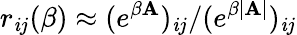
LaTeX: r_{\mathit{i}j}(\beta)\approx(e^{\beta\mathbf{{A}}})_{\mathit{i}j}/(e^{\beta|\mathbf{{A}}|})_{\mathit{i}j}